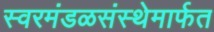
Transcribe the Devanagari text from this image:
स्वरमंडळसंस्थेमार्फत